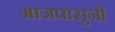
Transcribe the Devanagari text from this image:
आजपासुनी